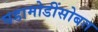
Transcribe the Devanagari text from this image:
घडामोडींसोबत